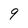
Character: 9